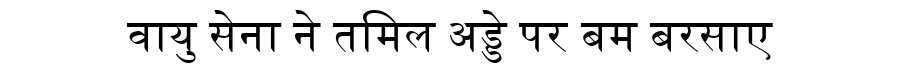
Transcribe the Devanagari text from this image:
वायु सेना ने तमिल अड्डे पर बम बरसाए